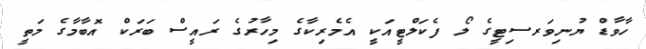
ހާވާޑް ޔުނިވަރސިޓީގެ ލޯ ފެކަލްޓީއަކީ އެމެރިކާގެ މިހާރުގެ ރައީސް ބަރަކް އޮބާމާގެ މަތީ